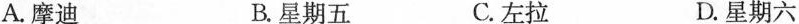
A.摩迪 B.星期五 C.左拉 D.星期六